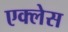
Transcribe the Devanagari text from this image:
एक्लेस